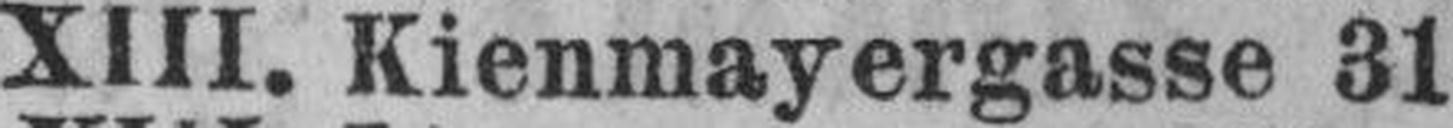
XIII. Kienmayergasse 31